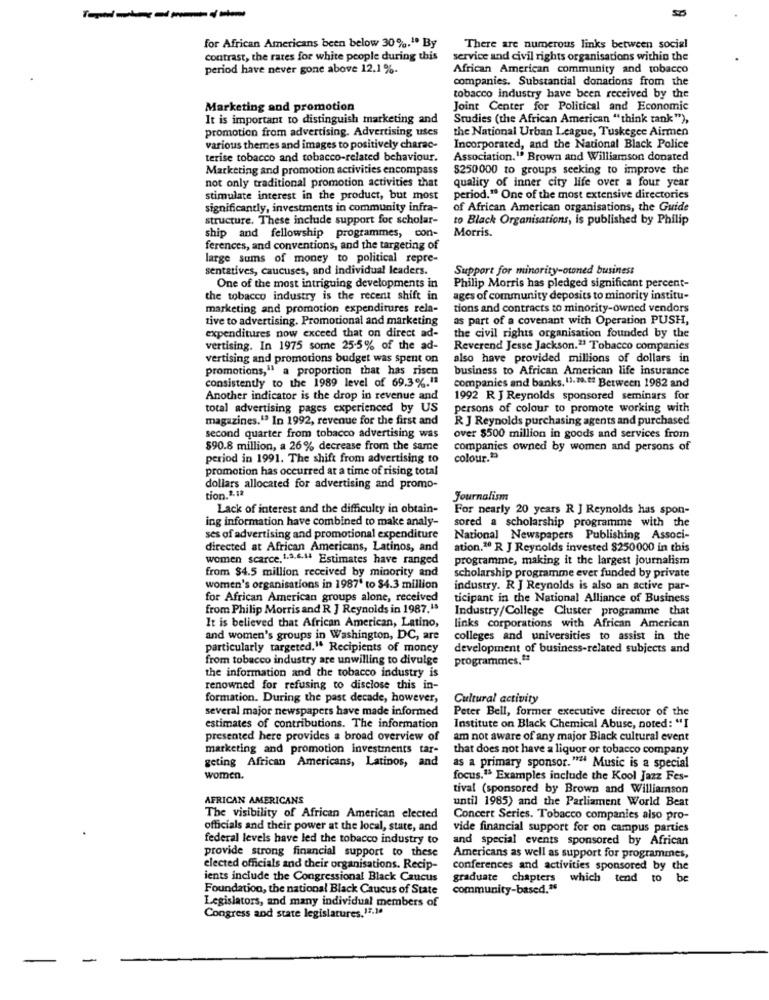
for African Americans been below 30%.". By
There are numerous links between social
contrast, the rates for white people during this
service and civil rights organisations within the
period have never gone above 12.1 %.
African American community and tobacco
companies. Substantial donations from the
tobacco industry have been received by the
Marketing and promotion
Joint Center for Political and Economic
It is important to distinguish marketing and
Studies (the African American "think tank"),
promotion from advertising. Advertising uses
the National Urban League, Tuskegee Airmen
various themes and images to positively charac-
Incorporated, and the National Black Police
terise tobacco and tobacco-related behaviour.
Association." Brown and Williamson donated
Marketing and promotion activities encompass
$250000 to groups seeking to improve the
not only traditional promotion activities that
quality of inner city life over a four year
stimulate interest in the product, but most
period." One of the most extensive directories
significantly, investments in community infra-
of African American organisations, the Guide
structure. These include support for scholar-
to Black Organisations, is published by Philip
Morris.
ship and fellowship programmes, con-
ferences, and conventions, and the targeting of
large sums of money to political repre-
sentatives, caucuses, and individual leaders.
Support for minority-otoned business
One of the most intriguing developments in
Philip Morris has pledged significant percent-
the tobacco industry is the recent shift in
ages of community deposits to minority institu-
marketing and promotion expenditures rela-
tions and contracts to minority-owned vendors
tive to advertising. Promotional and marketing
as part of a covenant with Operation PUSH,
expenditures now exceed that on direct ad-
the civil rights organisation founded by the
vertising. In 1975 some 25-5% of the ad-
Reverend Jesse Jackson." Tobacco companies
vertising and promotions budget was spent on
also have provided millions of dollars in
promotions," a proportion that has risco
business to African American life insurance
consistently to the 1989 level of 69.3%."ª
companies and banks. 11.2.tt Between 1982 and
Another indicator is the drop in revenue and
1992 R J Reynolds sponsored seminars for
total advertising pages experienced by US
persons of colour to promote working with
magazines." In 1992, revenue for the first and
R J Reynolds purchasing agents and purchased
second quarter from tobacco advertising was
over $500 million in goods and services from
$90.8 million, a 26% decrease from the same
companies owned by women and persons of
period in 1991. The shift from advertising to
colour.">
promotion has occurred at a time of rising total
dollars allocated for advertising and promo-
tion.2.12
Journalism
Lack of interest and the difficulty in obtain-
For nearly 20 years R J Reynolds has spon-
ing information have combined to make analy-
sored a scholarship programme with the
ses of advertising and promotional expenditure
National Newspapers Publishing Associ-
directed at African Americans, Latinos, and
ation."0 R J Reynolds invested $250000 in this
women scarce. 1.3.6.44 Estimates have ranged
programme, making it the largest journalism
from $4.5 million received by minority and
scholarship programme ever funded by private
women's organisations in 1987' to $4.3 million
industry. R J Reynolds is also an active par-
for African American groups alone, received
ticipant in the National Alliance of Business
from Philip Morris and R J Reynolds in 1987.13
Industry/College Cluster programme that
It is believed that African American, Latino,
links corporations with African American
and women's groups in Washington, DC, are
colleges and universities to assist in the
particularly targeted." Recipients of money
development of business-related subjects and
from tobacco industry are unwilling to divulge
programmes."
the information and the tobacco industry is
renowned for refusing to disclose this in-
formation. During the past decade, however,
Cultural activity
several major newspapers have made informed
Peter Bell, former executive director of the
estimates of contributions. The information
Institute on Black Chemical Abuse, noted: "I
presented here provides a broad overview of
am not aware of any major Black cultural event
marketing and promotion investments tar-
that does not have a liquor or tobacco company
geting African Americans, Latinos, and
as a primary sponsor."" Music is a special
women.
focus."> Examples include the Kool Jazz Fes-
tival (sponsored by Brown and Williamson
AFRICAN AMERICANS
until 1985) and the Parliament World Beat
The visibility of African American elected
Concert Series. Tobacco companies also pro-
officials and their power at the local, state, and
vide financial support for on campus parties
federal levels have led the tobacco industry to
and special events sponsored by African
provide strong financial support to these
Americans as well as support for programmes,
elected officials and their organisations. Recip-
conferences and activities sponsored by the
ients include the Congressional Black Caucus
graduate chapters which tend to be
Foundation, the national Black Caucus of State
community-based."
Legislators, and many individual members of
Congress and state legislatures.13.10